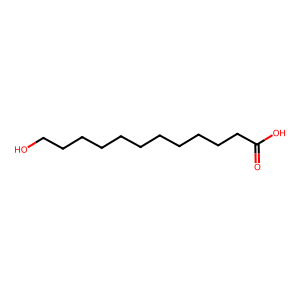
SMILES: O=C(O)CCCCCCCCCCCO
Inhibits HIV replication: No